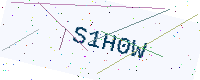
Text: S1H0W